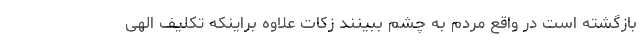
بازگشته است در واقع مردم به چشم ببینند زکات علاوه براینکه تکلیف الهی